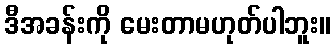
ဒီအခန်းကို မေးတာမဟုတ်ပါဘူး။